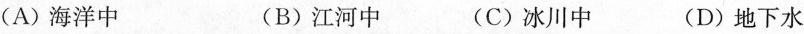
(A)海洋中 (B)江河中 (C)冰川中 (D)地下水